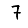
Digit: 7